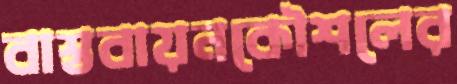
বাস্তবায়নকৌশলের